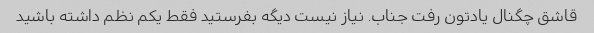
قاشق چگنال یادتون رفت جناب‌. نیاز نیست دیگه بفرستید فقط یکم نظم داشته باشید